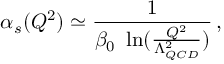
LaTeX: \alpha _ { s } ( Q ^ { 2 } ) \simeq \frac { 1 } { \beta _ { 0 } ~ \ln ( \frac { Q ^ { 2 } } { \Lambda _ { Q C D } ^ { 2 } } ) } \, ,